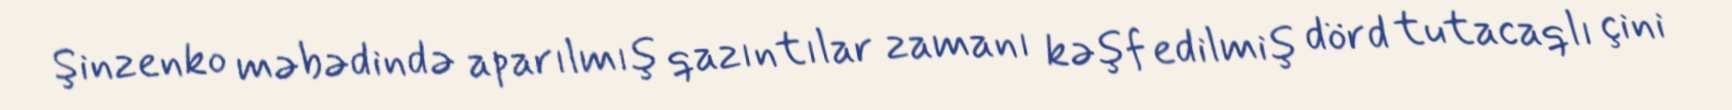
Şinzenko məbədində aparılmış qazıntılar zamanı kəşf edilmiş dörd tutacaqlı çini